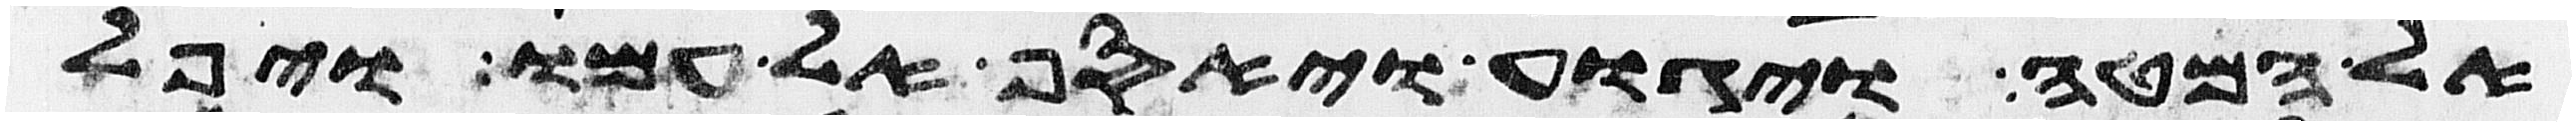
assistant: אל המטה ויגוע ויאסף אל עמו ויפל